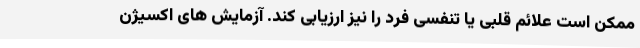
ممکن است علائم قلبی یا تنفسی فرد را نیز ارزیابی کند. آزمایش های اکسیژن